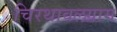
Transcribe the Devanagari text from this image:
चिरथावलग्राम